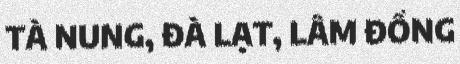
TÀ NUNG, ĐÀ LẠT, LÂM ĐỒNG